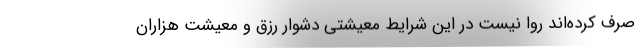
صرف کرده‌اند روا نیست در این شرایط معیشتی دشوار رزق و معیشت هزاران